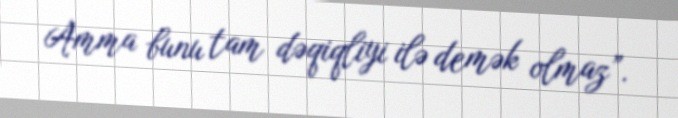
Amma bunu tam dəqiqliyi ilə demək olmaz”.